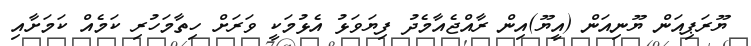
ޔޫރަޕިއަން ޔޫނިއަން (އީޔޫ)އިން ރާއްޖެއާމެދު ފިޔަވަޅު އެޅުމަކީ ވަރަށް ހިތާމަހުރި ކަމެއް ކަމަށާއި